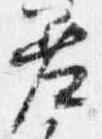
差